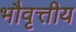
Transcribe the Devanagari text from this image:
भौवृत्तीय